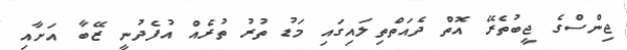
ޖިންސްގެ ޖީބުތެރޭ އޮތް ދެއަތްތިލައިގައި މަޑު ތުރު ތުރެއް އުފެދުނީ ޒޭބާ އަށާއި